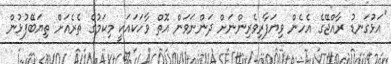
"އަޅުގަނޑު ރާއްޖޭގެ އެހެން ވިޔަފާރިވެރިންނަށް ދަންނަވަން އޮތް ވާހަކައަކީ މިކަމުގެ ތެރެއަށް ތިޔަބޭފުޅުން